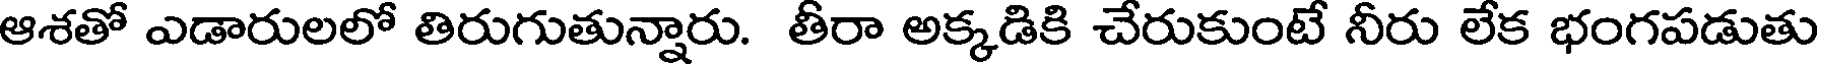
ఆశతో ఎడారులలో తిరుగుతున్నారు. తీరా అక్కడికి చేరుకుంటే నీరు లేక భంగపడుతు